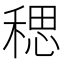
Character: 𫀼